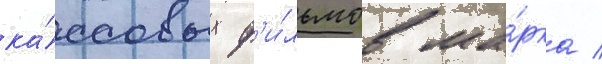
ка́ссовых ф'и́льмов ма́рка /